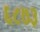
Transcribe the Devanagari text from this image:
६८७३